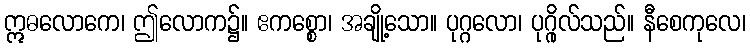
ဣဓလောကေ၊ ဤလောက၌။ ဧကစ္စော၊ အချို့သော။ ပုဂ္ဂလော၊ ပုဂ္ဂိုလ်သည်။ နီစေကုလေ၊